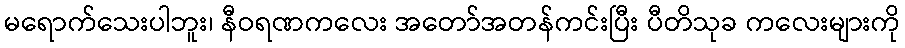
မရောက်သေးပါဘူး၊ နီဝရဏကလေး အတော်အတန်ကင်းပြီး ပီတိသုခ ကလေးများကို